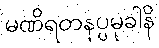
မဏိရတနပ္ပမုခါနိ